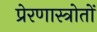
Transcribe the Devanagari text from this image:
प्रेरणास्त्रोतों